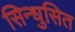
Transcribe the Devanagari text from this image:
सिन्धुसित